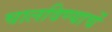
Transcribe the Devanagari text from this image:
चालविण्याचें